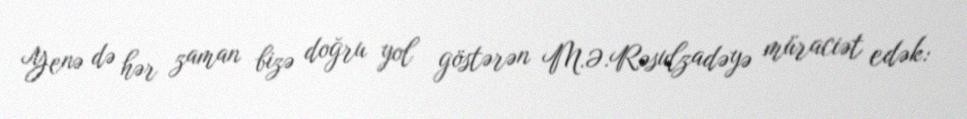
Yenə də hər zaman bizə doğru yol göstərən M.Ə.Rəsulzadəyə müraciət edək: